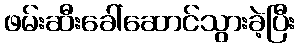
ဖမ်းဆီးခေါ်ဆောင်သွားခဲ့ပြီး